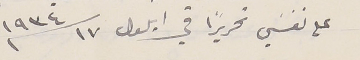
على نفسَي تحريراً في ايلول ١٧ سنة ١٩٣٤ المقر ىما فىه